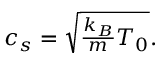
\begin{array} { r } { c _ { s } = \sqrt { \frac { k _ { B } } { m } T _ { 0 } } . } \end{array}